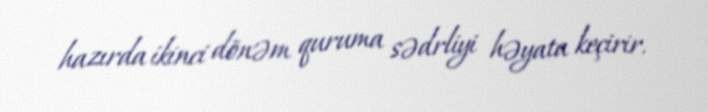
hazırda ikinci dönəm quruma sədrliyi həyata keçirir.